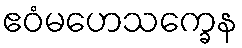
ဧဝံမဟေသက္ခေန